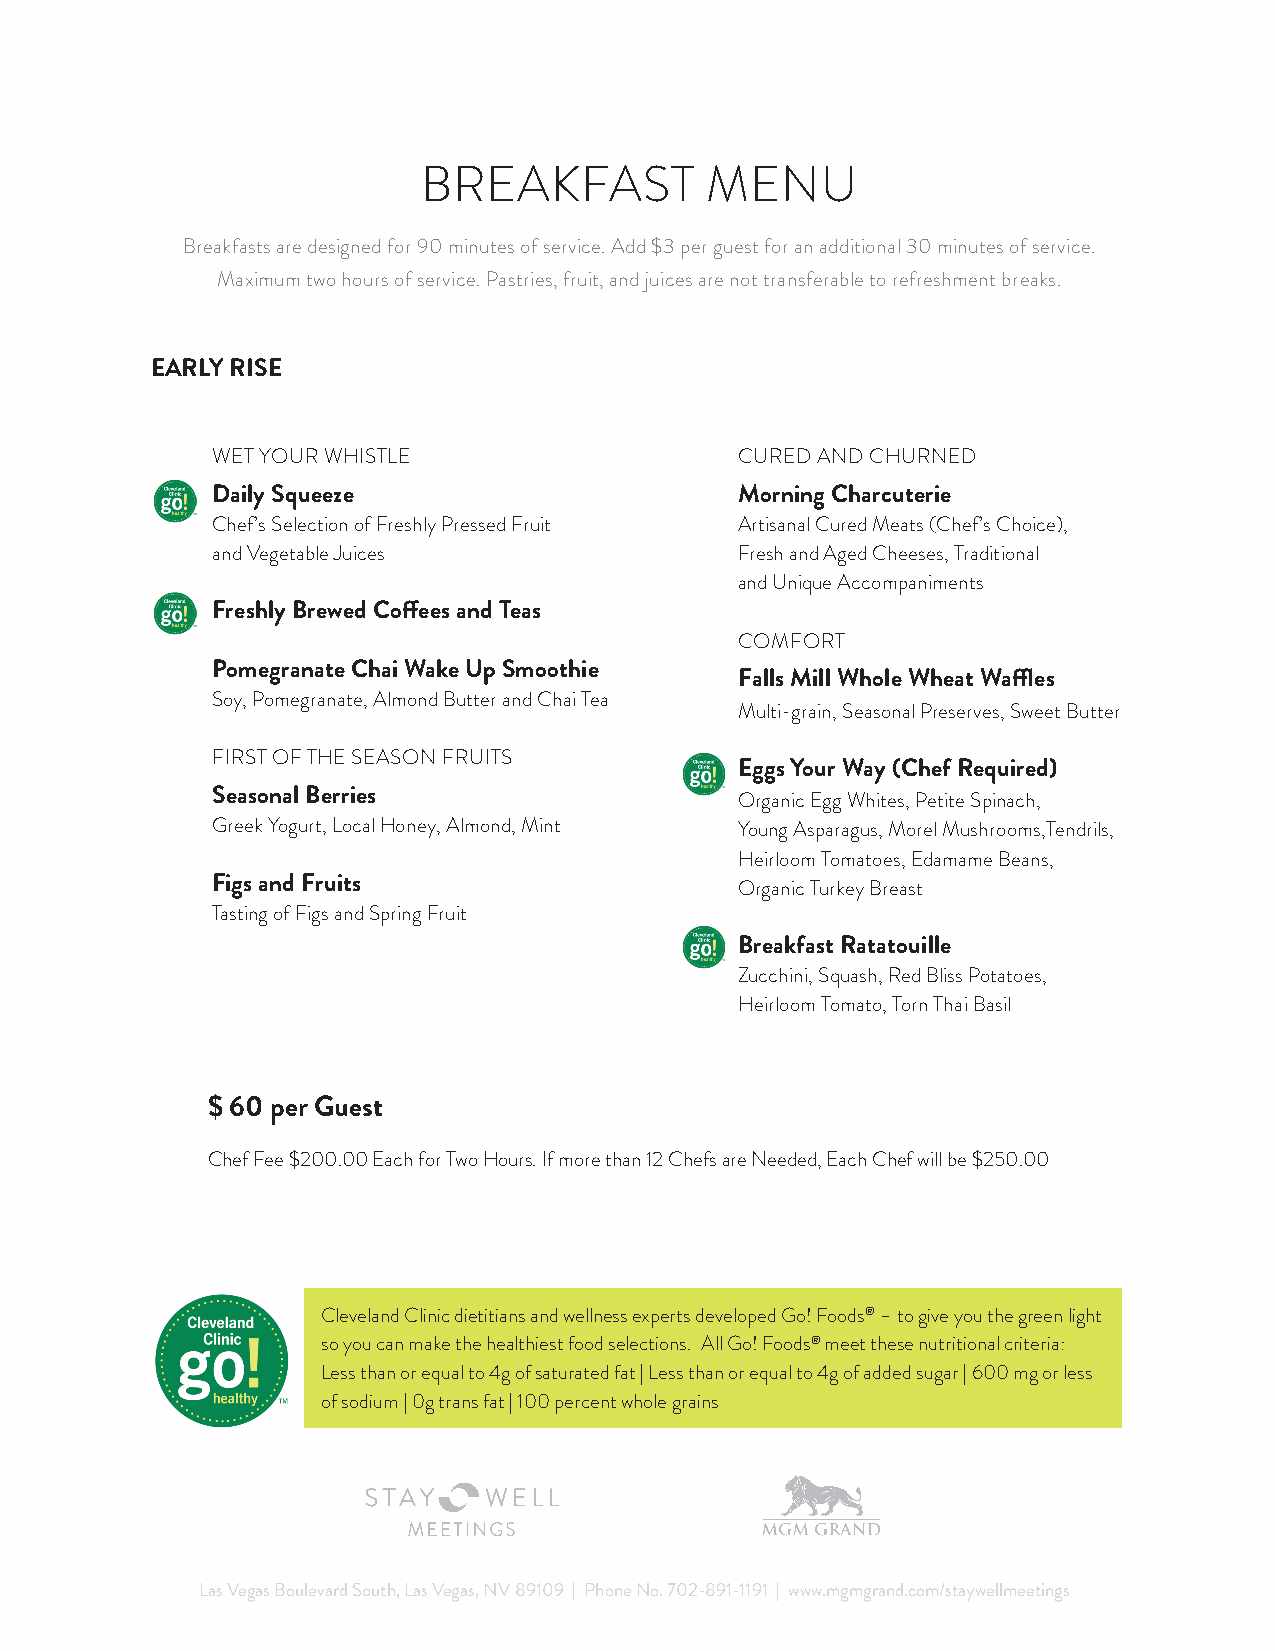
BREAKFAST          MENU
 Breakfasts are designed for 90 minutes of service. Add $3 per guest for an additional 30 minutes of service.
 Maximum two hours of service. Pastries, fruit, and juices are not transferable to refreshment breaks.
 EARLY RISE
 WET YOUR WHISTLE                   CURED AND CHURNED
 Daily Squeeze                      Morning Charcuterie
 Chef’s Selection of Freshly Pressed Fruit Artisanal Cured Meats (Chef’s Choice),
 and Vegetable Juices               Fresh and Aged Cheeses, Traditional
 and Unique Accompaniments
 Freshly Brewed Coff ees and Teas
 COMFORT
 Pomegranate Chai Wake Up Smoothie
 Falls Mill Whole Wheat Waffl es
 Soy, Pomegranate, Almond Butter and Chai Tea
 Multi-grain, Seasonal Preserves, Sweet Butter
 FIRST OF THE SEASON FRUITS
 Eggs Your Way (Chef Required)
 Seasonal Berries                   Organic Egg Whites, Petite Spinach,
 Greek Yogurt, Local Honey, Almond, Mint Young Asparagus, Morel Mushrooms,Tendrils,
 Heirloom Tomatoes, Edamame Beans,
 Figs and Fruits                    Organic Turkey Breast
 Tasting of Figs and Spring Fruit
 Breakfast Ratatouille
 Zucchini, Squash, Red Bliss Potatoes,
 Heirloom Tomato, Torn Thai Basil
 $ 60 per Guest
 Chef Fee $200.00 Each for Two Hours. If more than 12 Chefs are Needed, Each Chef will be $250.00
 Cleveland Clinic dietitians and wellness experts developed Go! Foods® – to give you the green light
 so you can make the healthiest food selections. All Go! Foods® meet these nutritional criteria:
 Less than or equal to 4g of saturated fat | Less than or equal to 4g of added sugar | 600 mg or less
 of sodium | 0g trans fat | 100 percent whole grains
 Las Vegas Boulevard South, Las Vegas, NV 89109 | Phone No. 702-891-1191 | www.mgmgrand.com/staywellmeetings